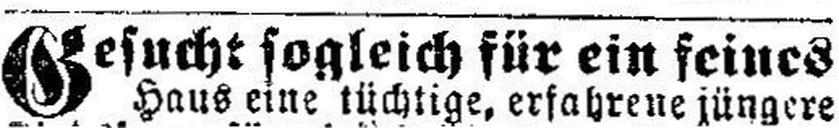
Gesucht sogleich für ein seines